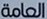
العامة